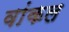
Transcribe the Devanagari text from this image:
वांकल